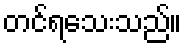
တင်ရသေးသည်။